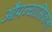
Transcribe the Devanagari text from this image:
औपन्यासिकता